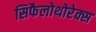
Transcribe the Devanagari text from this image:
सिफैलोथोरेक्स